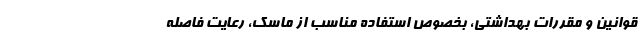
قوانین و مقررات بهداشتی، بخصوص استفاده مناسب از ماسک، رعایت فاصله